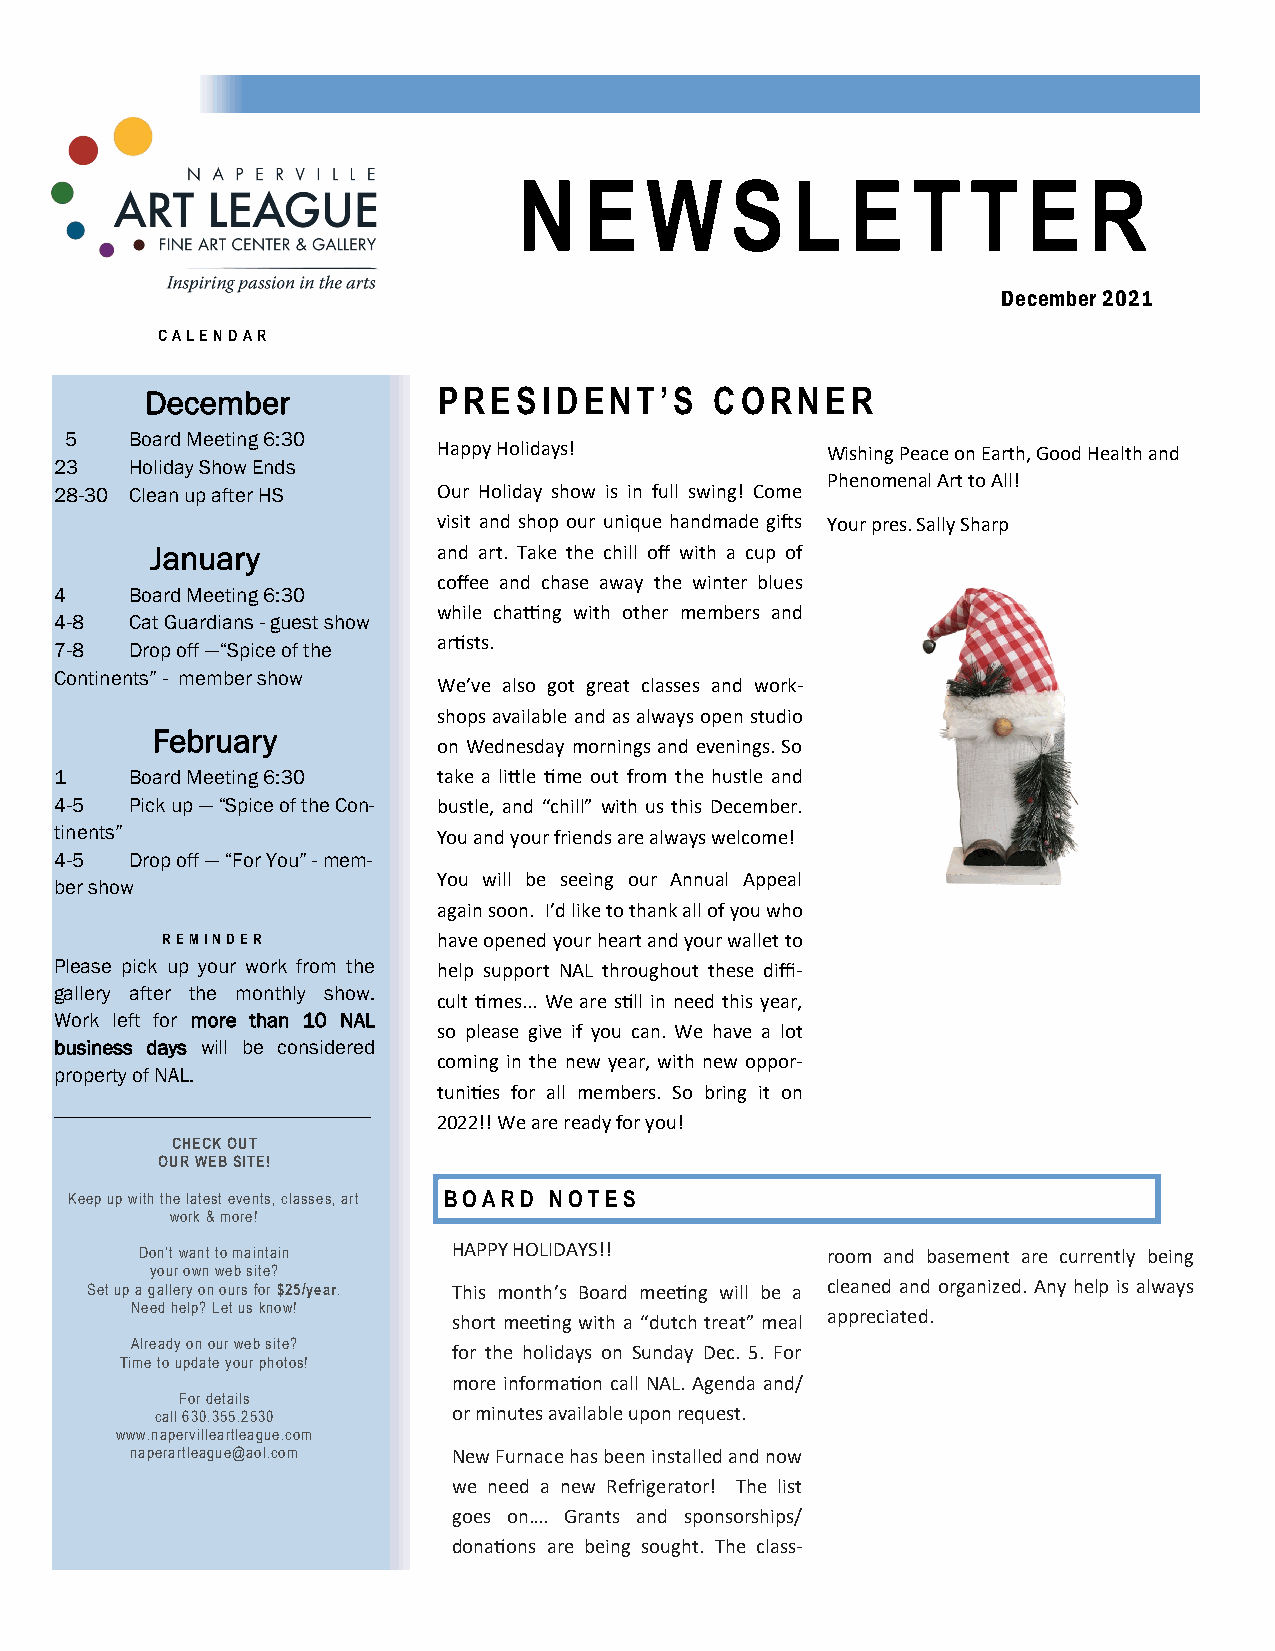
N    E   W    S   L   E   T   T   E   R
 December 2021
 CALENDAR
 December           PRESIDENT’S       CORNER
 5    Board Meeting 6:30
 Happy Holidays!           Wishing Peace on Earth, Good Health and
 23   Holiday Show Ends
 Phenomenal Art to All!
 28-30 Clean up after HS  Our Holiday show is in full swing! Come
 visit and shop our unique handmade gifts Your pres. Sally Sharp
 January            and art. Take the chill off with a cup of
 coffee and chase away the winter blues
 4    Board Meeting 6:30
 while chatting with other members and
 4-8  Cat Guardians - guest show
 artists.
 7-8  Drop off —“Spice of the
 Continents” - member show
 We’ve also got great classes and work-
 shops available and as always open studio
 February
 on Wednesday mornings and evenings. So
 1    Board Meeting 6:30  take a little time out from the hustle and
 4-5  Pick up — “Spice of the Con- bustle, and “chill” with us this December.
 tinents”                 You and your friends are always welcome!
 4-5  Drop off — “For You” - mem-
 You will be seeing our Annual Appeal
 ber show
 again soon. I’d like to thank all of you who
 REMINDER          have opened your heart and your wallet to
 Please pick up your work from the help support NAL throughout these diffi-
 gallery after the monthly show.
 cult times... We are still in need this year,
 Work left for more than 10 NAL
 so please give if you can. We have a lot
 business days will be considered
 coming in the new year, with new oppor-
 property of NAL.
 tunities for all members. So bring it on
 ________________________________________
 2022!! We are ready for you!
 CHECK OUT
 OUR WEB SITE!
 Keep up with the latest events, classes, art BOARD NOTES
 work & more!
 Don’t want to maintain HAPPY HOLIDAYS!!       room and basement are currently being
 your own web site?
 Set up a gallery on ours for $25/year. This month’s Board meeting will be a cleaned and organized. Any help is always
 Need help? Let us know!
 short meeting with a “dutch treat” meal appreciated.
 Already on our web site?
 for the holidays on Sunday Dec. 5. For
 Time to update your photos!
 more information call NAL. Agenda and/
 For details
 call 630.355.2530   or minutes available upon request.
 www.napervilleartleague.com
 naperartleague@aol.com New Furnace has been installed and now
 we need a new Refrigerator! The list
 goes on…. Grants and sponsorships/
 donations are being sought. The class-